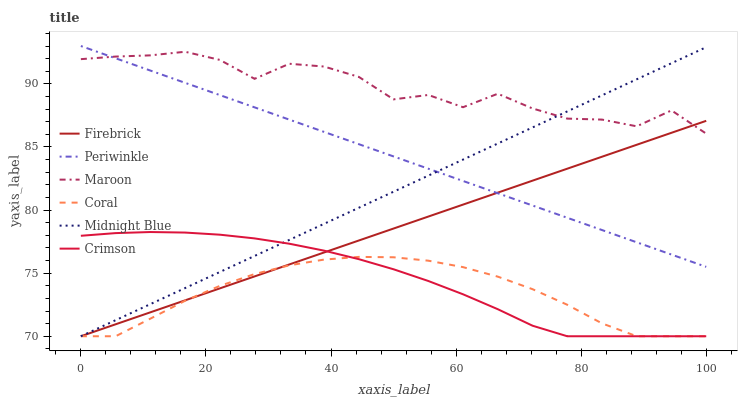
| xaxis_label | Firebrick | Periwinkle | Maroon | Coral | Midnight Blue | Crimson |
 | --- | --- | --- | --- | --- | --- | --- |
 | 0 | 70 | 93 | 92 | 70 | 70 | 78 |
 | 5.56 | 70.9 | 92 | 92.2 | 70 | 71.3 | 78.2 |
 | 11.1 | 71.9 | 91.1 | 92.3 | 71.4 | 72.5 | 78.3 |
 | 16.7 | 72.8 | 90.1 | 92.5 | 72.8 | 73.8 | 78.2 |
 | 22.2 | 73.8 | 89.1 | 91.9 | 74 | 75.1 | 78 |
 | 27.8 | 74.7 | 88.1 | 90.4 | 74.9 | 76.4 | 77.8 |
 | 33.3 | 75.7 | 87.2 | 91.6 | 75.6 | 77.6 | 77.3 |
 | 38.9 | 76.6 | 86.2 | 91.4 | 76.1 | 78.9 | 76.8 |
 | 44.4 | 77.6 | 85.2 | 90.6 | 76.3 | 80.2 | 76.1 |
 | 50 | 78.5 | 84.2 | 88.8 | 76.3 | 81.5 | 75.3 |
 | 55.6 | 79.5 | 83.3 | 89.1 | 76 | 82.7 | 74.4 |
 | 61.1 | 80.4 | 82.3 | 88.2 | 75.5 | 84 | 73.3 |
 | 66.7 | 81.4 | 81.3 | 89.2 | 74.7 | 85.3 | 72.1 |
 | 72.2 | 82.3 | 80.4 | 88.1 | 73.7 | 86.5 | 70.8 |
 | 77.8 | 83.3 | 79.4 | 87.2 | 72.5 | 87.8 | 70 |
 | 83.3 | 84.2 | 78.4 | 87.2 | 71 | 89.1 | 70 |
 | 88.9 | 85.2 | 77.4 | 86.6 | 70 | 90.4 | 70 |
 | 94.4 | 86.1 | 76.5 | 87.9 | 70 | 91.6 | 70 |
 | 100 | 87.1 | 75.5 | 86.1 | 70 | 92.9 | 70 |